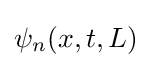
\psi _{n}(x,t,L)